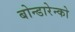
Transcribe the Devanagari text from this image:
बोन्डारेन्को